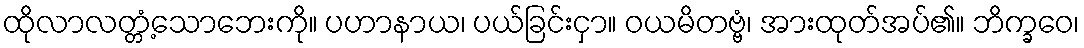
ထိုလာလတ္တံ့သောဘေးကို။ ပဟာနာယ၊ ပယ်ခြင်းငှာ။ ဝယမိတဗ္ဗံ၊ အားထုတ်အပ်၏။ ဘိက္ခဝေ၊